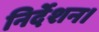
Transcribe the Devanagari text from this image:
निर्देशन।